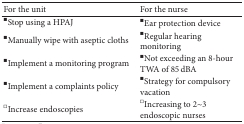
| For the unit | For the nurse |
 | --- | --- |
 | ■Stop using a HPAJ | ■Ear protection device |
 | ■Manually wipe with aseptic cloths | ■Regular hearing monitoring |
 | ■Implement a monitoring program | ■Not exceeding an 8-hour TWA of 85 dBA |
 | ■Implement a complaints policy | ■Strategy for compulsory vacation |
 | □Increase endoscopies | □Increasing to 2~3 endoscopic nurses |